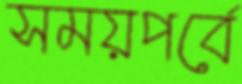
সময়পর্বে